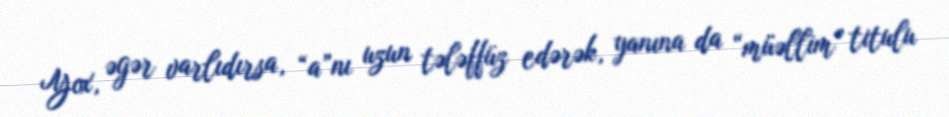
Yox, əgər varlıdırsa, “a”nı uzun tələffüz edərək, yanına da “müəllim” titulu